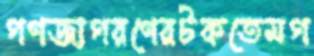
গণজাগরণেরটকতেমগ